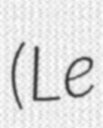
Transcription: (Le